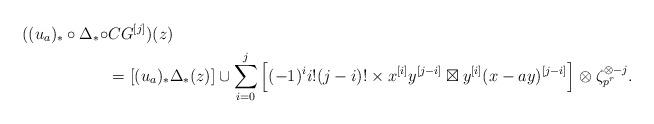
LaTeX: \begin{align*} ((u_a)_*\circ \Delta_*\circ &CG^{[j]})(z)\\ & =\left[(u_a)_*\Delta_*(z)\right]\cup \sum_{i=0}^j \Big[(-1)^i i!(j-i)!\times x^{[i]}y^{[j-i]}\boxtimes y^{[i]}(x-ay)^{[j-i]}\Big]\otimes \zeta_{p^r}^{\otimes -j}. \end{align*}